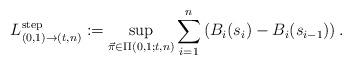
LaTeX: \begin{align*} L^{\rm step}_{(0,1)\to(t,n)}:=\sup_{\vec{\pi}\in\Pi(0,1;t,n)}\sum_{i=1}^{n} \left(B_i(s_{i})-B_i(s_{i-1})\right).\end{align*}